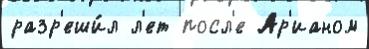
разр'еши́л л'ет посл'е Ар'ианом